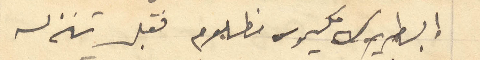
البطريرك مكسيموس مظلوم فقبل تنزله